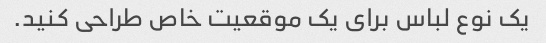
یک نوع لباس برای یک موقعیت خاص طراحی کنید.